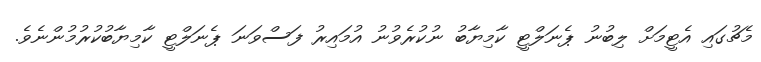
މެޗުގައި އެޓީމަށް ލިބުނު ޕެނަލްޓީ ކާމިޔާބު ނުކުރެވުނު އުމައިރު ފަސްވަނަ ޕެނަލްޓީ ކާމިޔާބުކުރުމުންނެވެ.